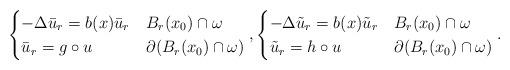
LaTeX: \begin{align*}\begin{cases}-\Delta \bar u_r=b(x)\bar u_r & B_r(x_0)\cap \omega\\\bar u_r=g\circ u & \partial (B_r(x_0)\cap \omega)\end{cases},\begin{cases}-\Delta \tilde u_r=b(x)\tilde u_r & B_r(x_0)\cap \omega\\\tilde u_r=h\circ u & \partial (B_r(x_0)\cap \omega)\end{cases}.\end{align*}